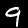
Digit: 9